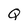
Character: Q